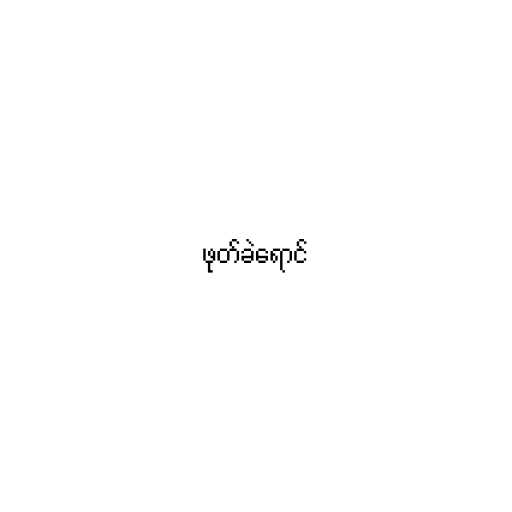
ဖုတ်ခဲရောင်